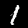
Label: 1